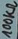
Text: 100KΩ